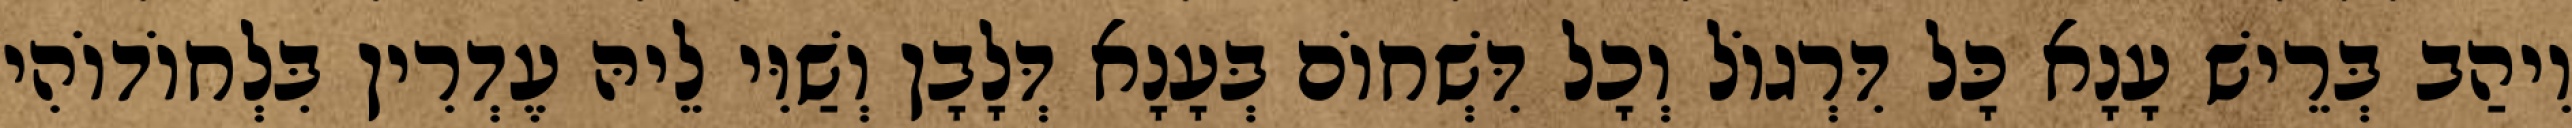
וִיהַב בְּרֵישׁ עָנָא כָּל דִּרְגוֹל וְכָל דִּשְׁחוֹם בְּעָנָא דְּלָבָן וְשַׁוִּי לֵיהּ עֶדְרִין בִּלְחוֹדוֹהִי